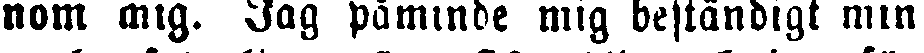
nom mig. Jag påminde mig beständigt min